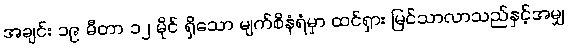
အချင်း ၁၉ မီတာ ၁၂ မိုင် ရှိသော မျက်စိနံရံမှာ ထင်ရှား မြင်သာလာသည်နှင့်အမျှ